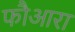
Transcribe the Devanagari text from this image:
फौआरा